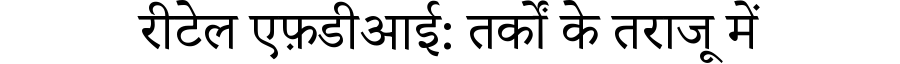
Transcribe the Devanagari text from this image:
रीटेल एफ़डीआई: तर्कों के तराजू में